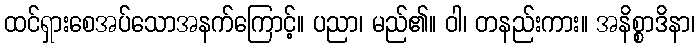
ထင်ရှားစေအပ်သောအနက်ကြောင့်။ ပညာ၊ မည်၏။ ဝါ၊ တနည်းကား။ အနိစ္စာဒိနာ၊